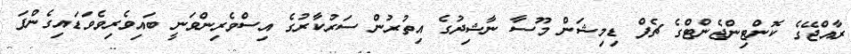
ރާއްޖޭގެ ކޮންޓިންޖެންޓްގެ ޗެފް ޑިމިޝަން މޫސާ ނާޝިދުގެ އިތުރުން ސަރުކާރުގެ އިސްވެރިންވަނީ ބައިވެރިވެވަޑައިގެންފަ